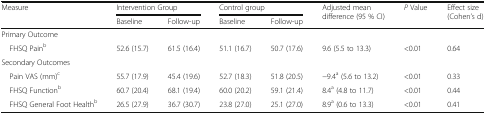
<table><thead><tr><td rowspan="2"><b>Measure</b></td><td colspan="2"><b>Intervention Group</b></td><td colspan="2"><b>Control group</b></td><td rowspan="2"><b>Adjusted mean difference (95 % CI)</b></td><td rowspan="2"><b><i>P</i> Value</b></td><td rowspan="2"><b>Effect size (Cohen’s d)</b></td></tr><tr><td><b>Baseline</b></td><td><b>Follow-up</b></td><td><b>Baseline</b></td><td><b>Follow-up</b></td></tr></thead><tbody><tr><td colspan="8">Primary Outcome</td></tr><tr><td> FHSQ Pain<sup>b</sup></td><td>52.6 (15.7)</td><td>61.5 (16.4)</td><td>51.1 (16.7)</td><td>50.7 (17.6)</td><td>9.6 (5.5 to 13.3)</td><td>&lt;0.01</td><td>0.64</td></tr><tr><td colspan="8">Secondary Outcomes</td></tr><tr><td> Pain VAS (mm)<sup>c</sup></td><td>55.7 (17.9)</td><td>45.4 (19.6)</td><td>52.7 (18.3)</td><td>51.8 (20.5)</td><td>−9.4<sup>a</sup> (5.6 to 13.2)</td><td>&lt;0.01</td><td>0.33</td></tr><tr><td> FHSQ Function<sup>b</sup></td><td>60.7 (20.4)</td><td>68.1 (19.4)</td><td>60.0 (20.2)</td><td>59.1 (21.4)</td><td>8.4<sup>a</sup> (4.8 to 11.7)</td><td>&lt;0.01</td><td>0.44</td></tr><tr><td> FHSQ General Foot Health<sup>b</sup></td><td>26.5 (27.9)</td><td>36.7 (30.7)</td><td>23.8 (27.0)</td><td>25.1 (27.0)</td><td>8.9<sup>a</sup> (0.6 to 13.3)</td><td>&lt;0.01</td><td>0.41</td></tr></tbody></table>